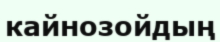
кайнозойдың